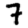
Digit: 7